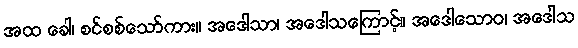
အထ ခေါ၊ စင်စစ်သော်ကား။ အဒေါသာ၊ အဒေါသကြောင့်။ အဒေါသောဝ၊ အဒေါသ